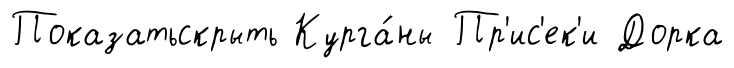
Показатьскрыть Курга́ны Пр'ис'ек'и Дорка